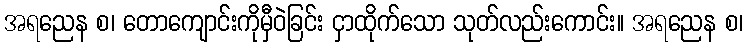
အရညေန စ၊ တောကျောင်းကိုမှီဝဲခြင်း ငှာထိုက်သော သုတ်လည်းကောင်း။ အရညေန စ၊